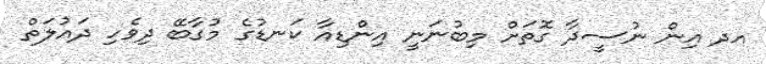
އދ އިން ނުސީދާ ގޮތަށް މިބުނަނީ އިންޑިއާ ކަނޑުގެ މުގާބޭ ދިވެހި ދައުލަތް